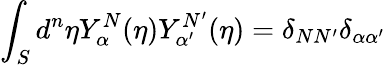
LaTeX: \int_{S}d^{n}{\eta}Y_{\alpha}^{N}(\eta)Y_{\alpha^{\prime}}^{N^{\prime}}(\eta)=\delta_{NN^{\prime}}\delta_{\alpha\alpha^{\prime}}